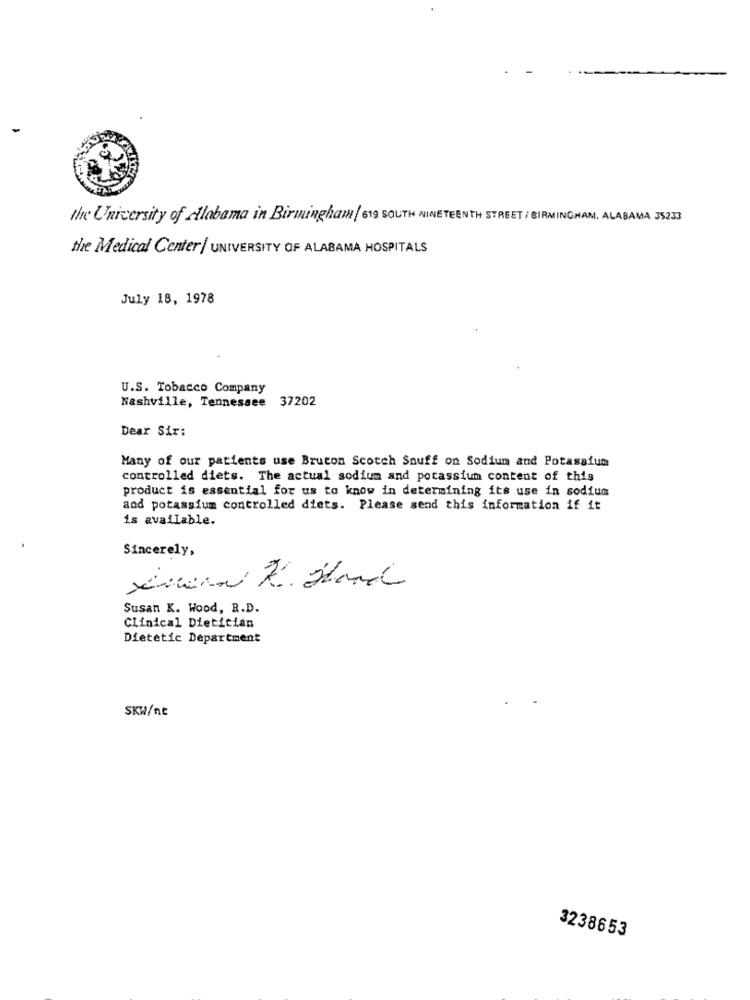
the University of Alabama in Birmingham/ 619 SOUTH NINETEENTH STREET / BIRMINGHAM, ALABAMA 3523
the Medical Center / UNIVERSITY OF ALABAMA HOSPITALS
July 18, 1978
U.S. Tobacco Company
Nashville, Tennessee 37202
Dear Sir:
Many of our patients use Brucon Scotch Snuff on Sodium and Potassium
controlled diets. The actual sodium and potassium content of this
product is essential for us to know in determining its use in sodium
and potassium controlled diets. Please send this information if it
is available.
Sincerely,
xuan 2. Hand
Susan K. Wood, R.D.
Clinical Dietitian
Dietetic Department
SKW/nt
3238653